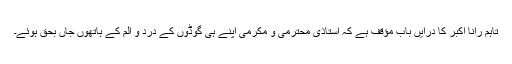
تاہم رانا اکبر کا درایں باب مؤقف ہے کہ استاذِى محترمى و مكرمى اپنے ہی گوڈوں کے درد و الم کے ہاتھوں جاں بحق ہوئے۔